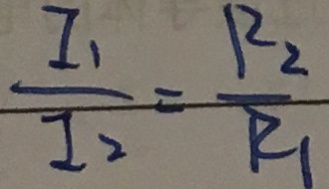
\frac { I _ { 1 } } { I _ { 2 } } = \frac { R _ { 2 } } { R _ { 1 } }